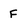
Character: F